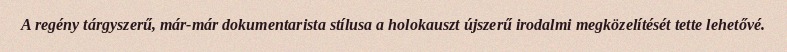
A regény tárgyszerű, már-már dokumentarista stílusa a holokauszt újszerű irodalmi megközelítését tette lehetővé.